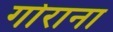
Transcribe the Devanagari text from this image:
गोराना